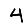
Digit: 4